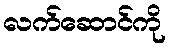
လက်ဆောင်ကို